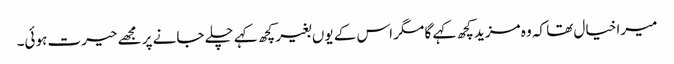
میرا خیال تھا کہ وہ مزید کچھ کہے گا مگر اس کے یوں بغیر کچھ کہے چلے جانے پر مجھے حیرت ہوئی۔